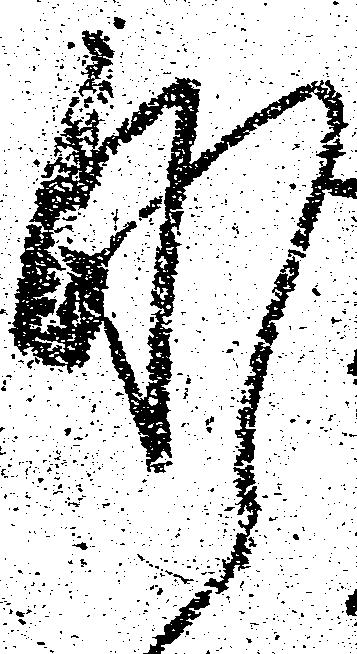
肝